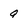
Character: Q